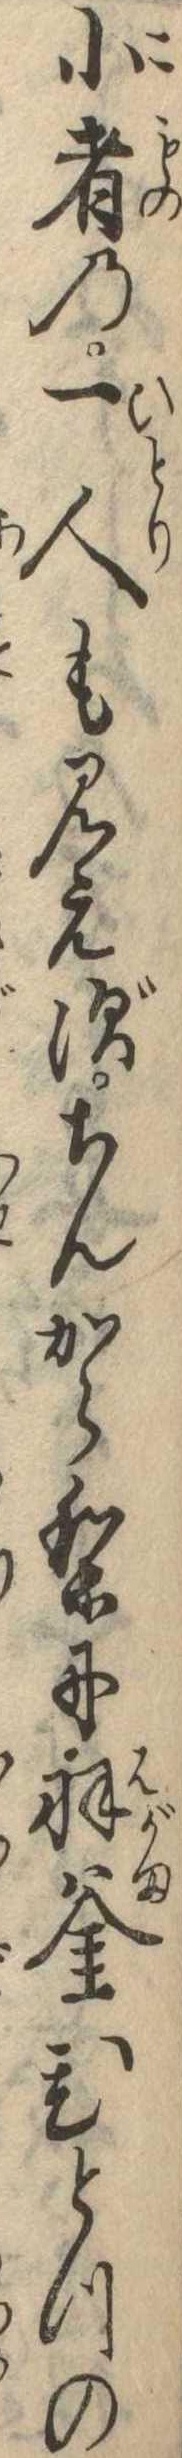
小者の一人も見えずちんからりに羽釜ひとつの